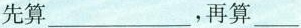
先算___，再算___